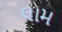
લામ